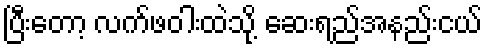
ပြီးတော့ လက်ဖဝါးထဲသို့ ဆေးရည်အနည်းငယ်